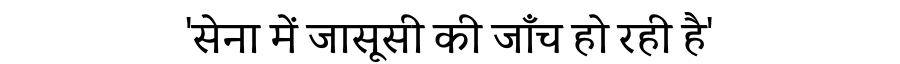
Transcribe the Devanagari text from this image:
'सेना में जासूसी की जाँच हो रही है'